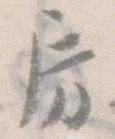
房